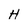
Character: H